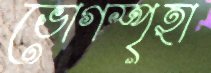
ভোগস্পৃহা